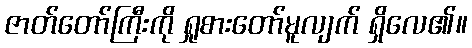
ဇာတ်တော်ကြီးကို ရှုစားတော်မူလျက် ရှိလေ၏။